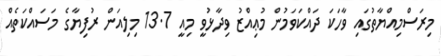
މިރަސްމިއްޔާތުގައި ވާހަކަ ދައްކަވަމުން މުޢިއްޒު ވިދާޅުވީ މިއީ 13.7 މިލިއަން ރުފިޔާގެ މަސައްކަތެއް